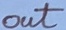
Text: out